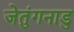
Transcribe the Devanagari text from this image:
जेतुंगनाडु